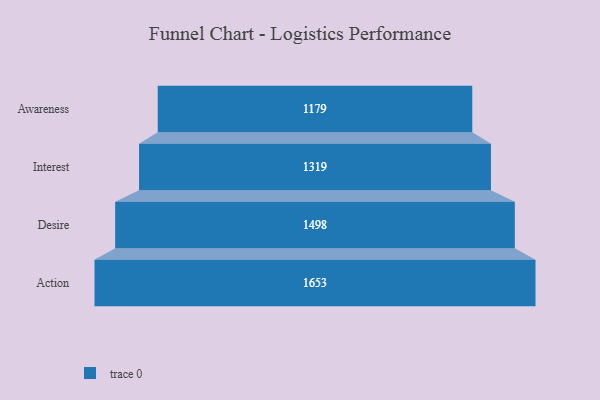
{"axis": {"x": "Stage", "y": "Value"}, "legend": [""], "data": [{"x": "Awareness", "y": 1179.0, "type": ""}, {"x": "Interest", "y": 1319.0, "type": ""}, {"x": "Desire", "y": 1498.0, "type": ""}, {"x": "Action", "y": 1653.0, "type": ""}]}